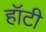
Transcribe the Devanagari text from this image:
हॉटी